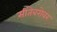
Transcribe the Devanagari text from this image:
सीतेबरोबर